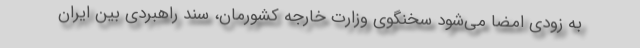
به زودی امضا می‌شود سخنگوی وزارت خارجه کشورمان، سند راهبردی بین ایران